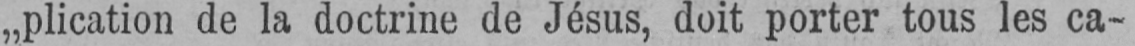
„plication de la doctrine de Jésus, doit porter tous les ca-